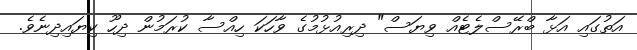
އަތުގައި އަޅާ ބްރޭސްލެޓެއް ވިޔަސް" ދިރިއުޅުމުގެ ވާހަކަ ހިއްސާ ކުރަމުން ދިހޫ ކިޔައިދިނެވެ.